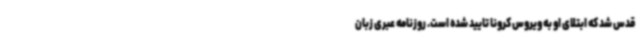
قدس شد که ابتلای او به ویروس کرونا تایید شده است. روزنامه عبری زبان